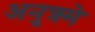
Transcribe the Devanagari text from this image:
अनुक्र्मे